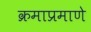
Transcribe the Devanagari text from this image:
क्रमाप्रमाणे